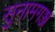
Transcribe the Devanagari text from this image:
सुनामगञ्ज